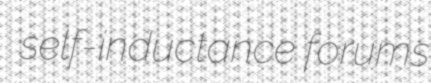
self-inductance forums